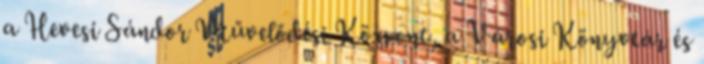
a Hevesi Sándor Művelődési Központ, a Városi Könyvtár és